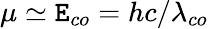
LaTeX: \mu\simeq\mathtt{E}_{co}=hc/\lambda_{co}